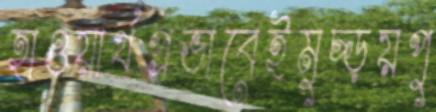
হাওয়ার্থপ্রভাবেইমুচ্‌ড়য়পু